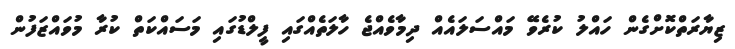
ޒިޔާރަތްކޮށްގެން ހައްލު ކުރެވޭ މައްސަލައެއް ދިމާވެއްޖެ ހާލަތެއްގައި ފީލްޑުގައި މަސައްކަތް ކުރާ މުވައްޒަފުން